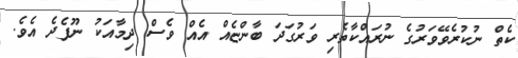
ކެތް ނުކުރެވޭވަރުގެ ނުރައްކާތެރި ވަރުގަދަ ބާންޏެއް އެއް ވެސް ދިމާއަކު ނޫފެދެ އެވެ.